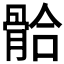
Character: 𩩂